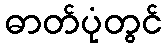
ဓာတ်ပုံတွင်